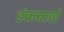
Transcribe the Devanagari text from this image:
डंकवाले